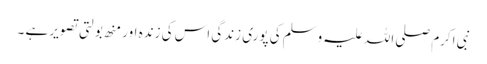
نبی اکرم صلی اللہ علیہ وسلم کی پوری زندگی اس کی زندہ اور منھ بولتی تصویر ہے ۔